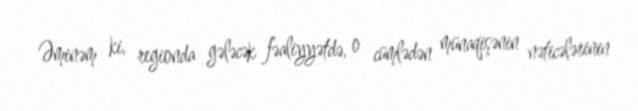
Əminəm ki, regionda gələcək fəaliyyətdə, o cümlədən münaqişənin nəticələrinin